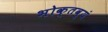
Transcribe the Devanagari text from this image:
भोक्तव्यं